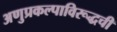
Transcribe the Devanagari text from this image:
अणुप्रकल्पाविरूद्धची